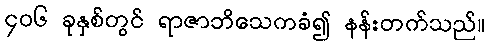
၄၀၆ ခုနှစ်တွင် ရာဇာဘိသေကခံ၍ နန်းတက်သည်။